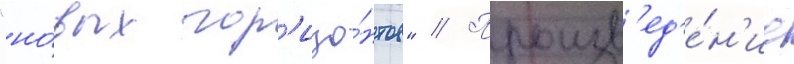
"но́вых гор'изо́нтов" // Произв'ед'е́н'ие